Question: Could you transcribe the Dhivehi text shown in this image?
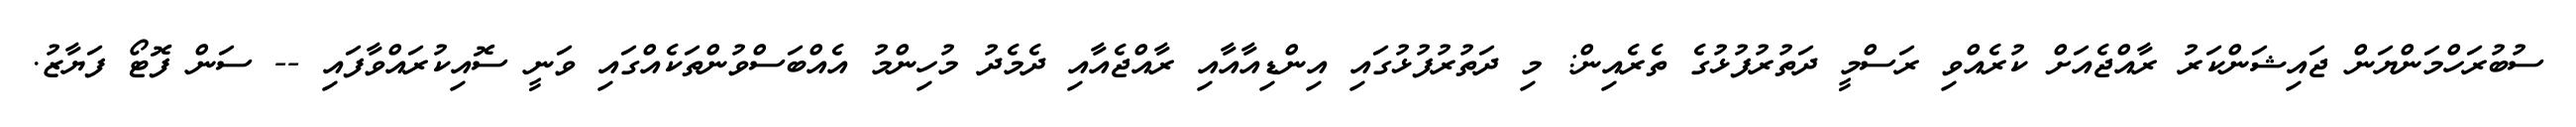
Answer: ސުބުރަހްމަންޔަން ޖައިޝަންކަރު ރާއްޖެއަށް ކުރެއްވި ރަސްމީ ދަތުރުފުޅުގެ ތެރެއިން: މި ދަތުރުފުޅުގައި އިންޑިއާއާއި ރާއްޖެއާއި ދެމެދު މުހިންމު އެއްބަސްވުންތަކެއްގައި ވަނީ ސޮއިކުރައްވާފައި -- ސަން ފޮޓޯ ފަޔާޒު.